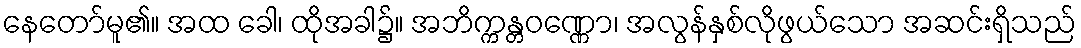
နေတော်မူ၏။ အထ ခေါ၊ ထိုအခါ၌။ အဘိက္ကန္တဝဏ္ဏော၊ အလွန်နှစ်လိုဖွယ်သော အဆင်းရှိသည်